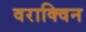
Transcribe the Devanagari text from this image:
वराक्विन